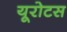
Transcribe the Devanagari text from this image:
यूरोटस